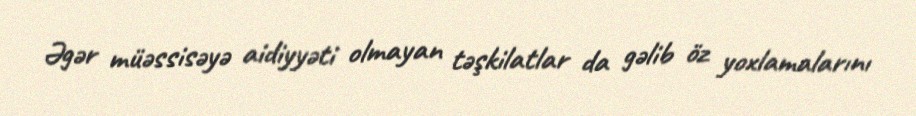
Əgər müəssisəyə aidiyyəti olmayan təşkilatlar da gəlib öz yoxlamalarını